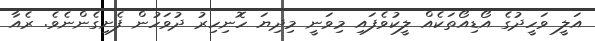
އަލީ ވަހީދުގެ އޯޑިއޯތަކެއް ލީކުވެފައި މިވަނީ މިދިޔަ ހޮނިހިރު ދުވަހުން ފެށިގެންނެވެ. ރެއާ